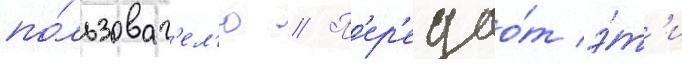
по́льзоват'ел'ю // П'ер'едао́т э́т'и